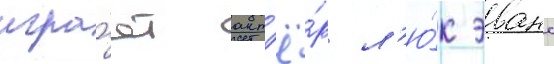
игра́ет акт'ё́р л'ю́к эванс